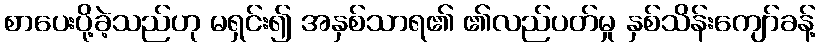
စာပေးပို့ခဲ့သည်ဟု မရှင်း၍ အနှစ်သာရ၏ ၏လည်ပတ်မှု နှစ်သိန်းကျော်ခန့်